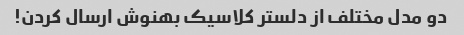
دو مدل مختلف از دلستر کلاسیک بهنوش ارسال کردن!